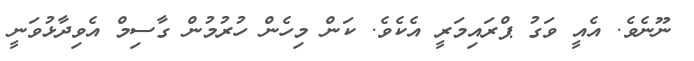
ނޫނެވެ. އެއީ ވަގު ޕްރައިމަރީ އެކެވެ. ކަން މިހެން ހުރުމުން ގާސިމް އެވިދާޅުވަނީ